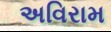
અવિરામ